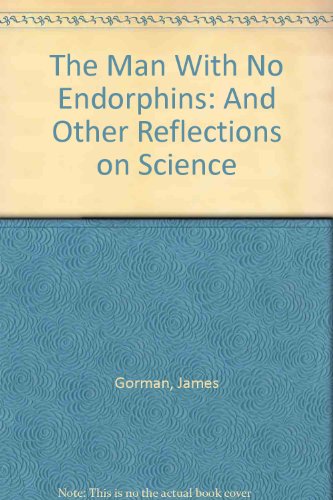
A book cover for The Man with No Endorphins; James Gorman; Humor & Entertainment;